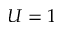
U = 1